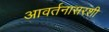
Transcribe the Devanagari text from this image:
आवर्तनासरशी